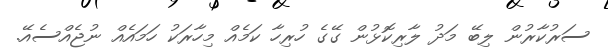
ސަރުކާރުން ލިބޭ މަދު ލާރިކޮޅުން ގޭގެ ހުރިހާ ކަމެއް މިހާރަކު ހަމައެއް ނުޖެއްސެއޭ.